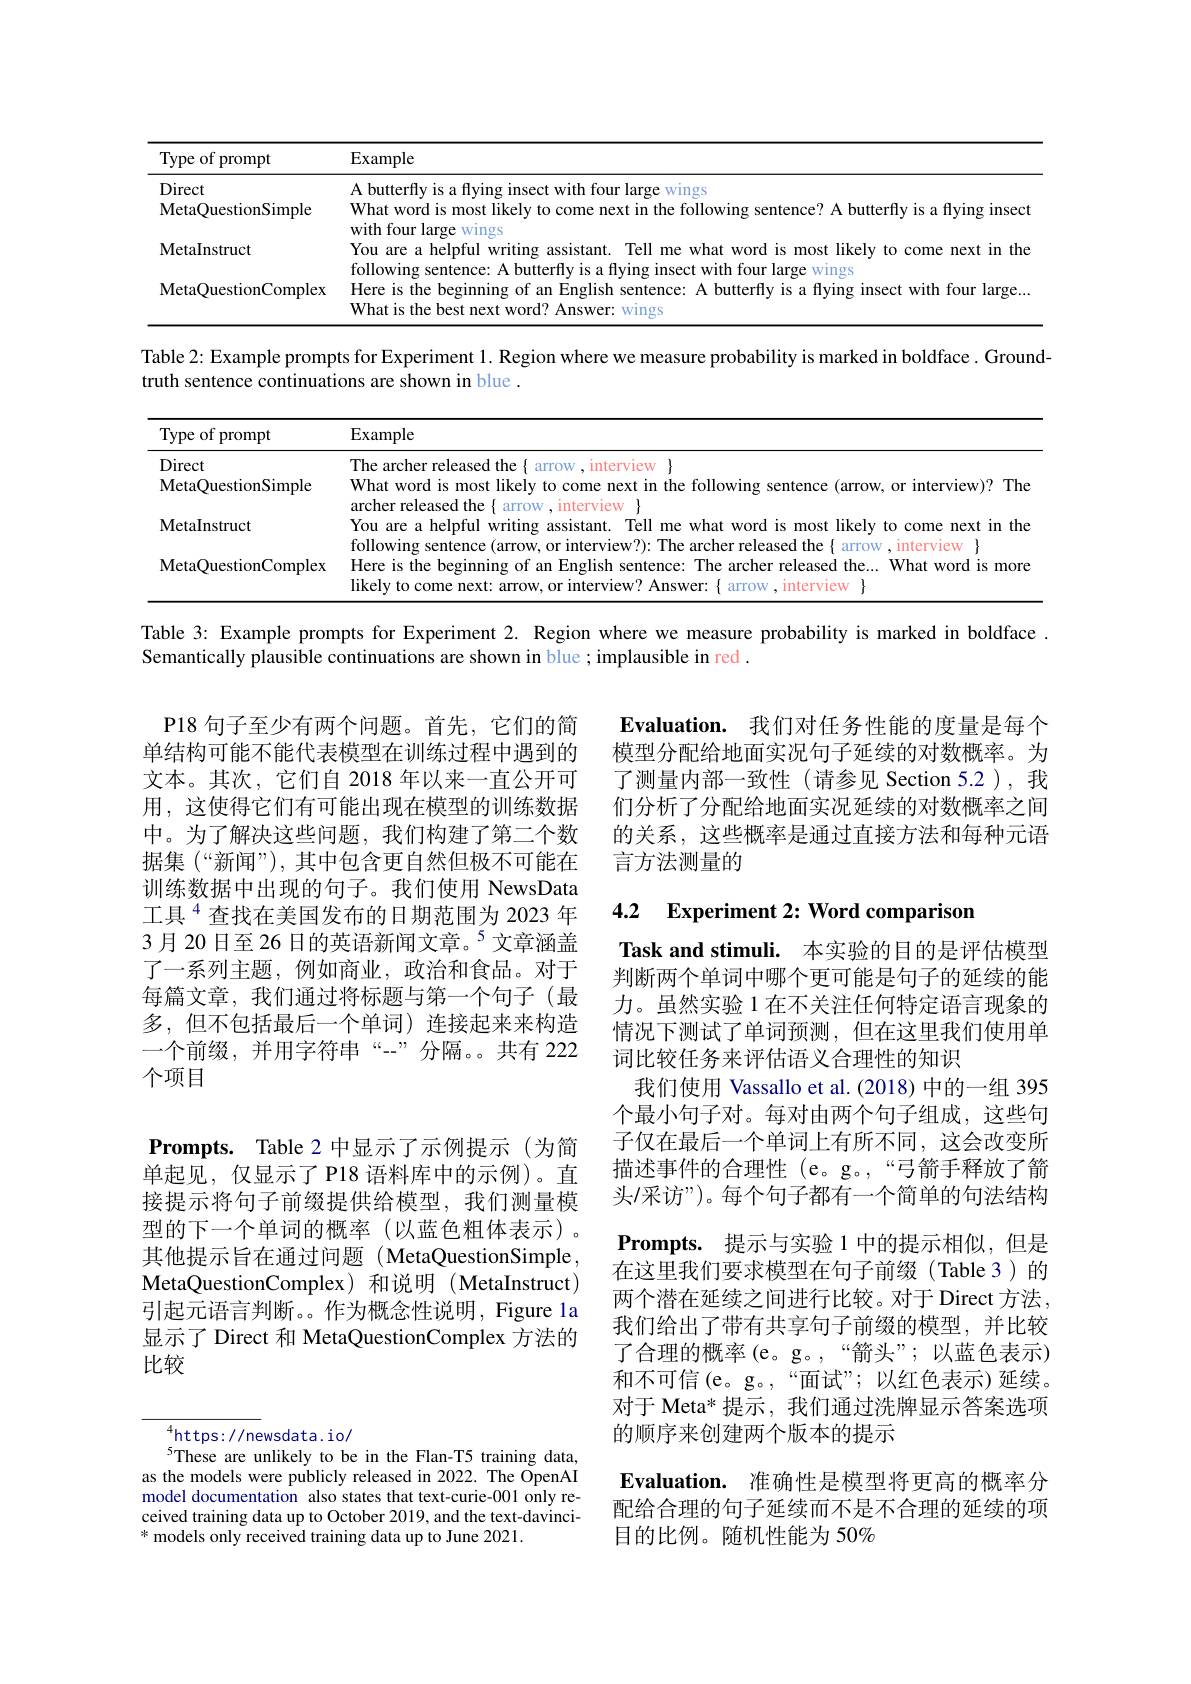
<table>
	<tbody>
		<tr>
			<th>Type of prompt</th>
			<th>Example</th>
		</tr>
		<tr>
			<td>Direct</td>
			<td>A butterflv large ${\mathbf{e}}$Wings</td>
		</tr>
		<tr>
			<td>MetaQuestionSimple</td>
			<td>What word is most likely e following sentence? A butterfly is a flying insect</td>
		</tr>
		<tr>
			<td>MetaInstruct</td>
			<td>You are a likelu come next in the</td>
		</tr>
		<tr>
			<td>MetaQuestionComplex</td>
			<td>Here is the beginning of an English sentence: A buttertts y is a flying insect with four large... What is the best next word? Answer: wings</td>
		</tr>
	</tbody>
</table>

Table 2: Example prompts for Experiment 1. Region where we measure probability is marked in boldface. Ground-

truth sentence continuations are shown in blue .

<table>
	<tbody>
		<tr>
			<th>Type of prompt</th>
			<th>Example</th>
		</tr>
		<tr>
			<td>Direct</td>
			<td>The archer released the arrow interview</td>
		</tr>
		<tr>
			<td>MetaQuestionSimple</td>
			<td>What word is most likely to come next in t the f following g sentence ( arrow, or interview) ? The</td>
		</tr>
		<tr>
			<td>MetaInstruct</td>
			<td>You are a helpfu writing assistant is most likelu $t0$ come next in the folls $\vdots$</td>
		</tr>
		<tr>
			<td>MetaQuestionComplex</td>
			<td>Here is the beginning of an English sentence: The archer released the...What word is more likelv to come next: arrow. or interview Answer arrow.interview</td>
		</tr>
	</tbody>
</table>

Table 3: Example prompts for Experiment 2. Region where we measure probability is marked in boldface .

Semantically plausible continuations are shown in blue; implausible in red .

$\textbf{Evaluation. 我 们 对 任 务 性 能 的 度 量 是 每 个 }$ 模型分配给地面实况句子延续的对数概率。为了测量内部一致性(请参见 Section 5.2),我们分析了分配给地面实况延续的对数概率之间的关系，这些概率是通过直接方法和每种元语言方法测量的

P18 句子至少有两个问题。首先，它们的简单结构可能不能代表模型在训练过程中遇到的文本。其次，它们自 2018 年以来一直公开可用，这使得它们有可能出现在模型的训练数据中。为了解决这些问题，我们构建了第二个数据集(“新闻”),其中包含更自然但极不可能在训练数据中出现的句子。我们使用 NewsData 工具$^{4}$查找在美国发布的日期范围为 2023 年3月20日至 26 日的英语新闻文章。$^{5}$文章涵盖了一系列主题，例如商业，政治和食品。对于每篇文章，我们通过将标题与第一个句子(最多，但不包括最后一个单词)连接起来来构造一个前缀，并用字符串“-”分隔。共有 222个项目

## 4.2 Experiment 2: Word comparison

Task and stimuli. 本实验的目的是评估模型判断两个单词中哪个更可能是句子的延续的能力。虽然实验 1 在不关注任何特定语言现象的情况下测试了单词预测，但在这里我们使用单词比较任务来评估语义合理性的知识
我们使用 Vassallo et al.(2018) 中的一组 395个最小句子对。每对由两个句子组成，这些句子仅在最后一个单词上有所不同，这会改变所描述事件的合理性 (e。g。,“弓箭手释放了箭头/采访”)。每个句子都有一个简单的句法结构$\textbf{Prompts. 提 示 与 实 验 1 中 的 提 示 相 似 , 但 是 }$ 在这里我们要求模型在句子前缀(Table 3)的两个潜在延续之间进行比较。对于 Direct 方法， 我们给出了带有共享句子前缀的模型，并比较了合理的概率(e。g。,“箭头”;以蓝色表示) 和不可信(e。g。,“面试”;以红色表示)延续。对于 Meta* 提示，我们通过洗牌显示答案选项的顺序来创建两个版本的提示
Evaluation. 准确性是模型将更高的概率分配给合理的句子延续而不是不合理的延续的项

Prompts. Table 2 中显示了示例提示(为简单起见，仅显示了P18 语料库中的示例)。直接提示将句子前缀提供给模型，我们测量模型的下一个单词的概率(以蓝色粗体表示)。其他提示旨在通过问题 ( MetaQuestionSimple. MetaQuestionComplex)和说明(MetaInstruct) 引起元语言判断。作为概念性说明，Figure la 显示了 Direct 和 MetaQuestionComplex 方法的比较

$^{4}$https://newsdata.io/
$^{5}$These are unlikely to be in the Flan-T5 training data, as the models were publicly released in 2022. The OpenAI model documentation also states that text-curie-001 only received training data up to October 2019, and the text-davinci- * models only received training data up to June 2021.

目的比例。随机性能为 50%